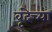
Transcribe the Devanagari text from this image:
वृंदेच्या